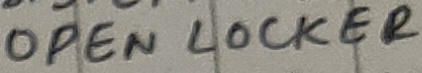
Text: OPEN LOCKER